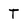
Character: T